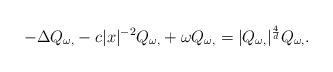
LaTeX: \begin{align*}-\Delta Q_{\omega,} - c|x|^{-2} Q_{\omega,} + \omega Q_{\omega,} = |Q_{\omega,}|^{\frac{4}{d}} Q_{\omega,}.\end{align*}